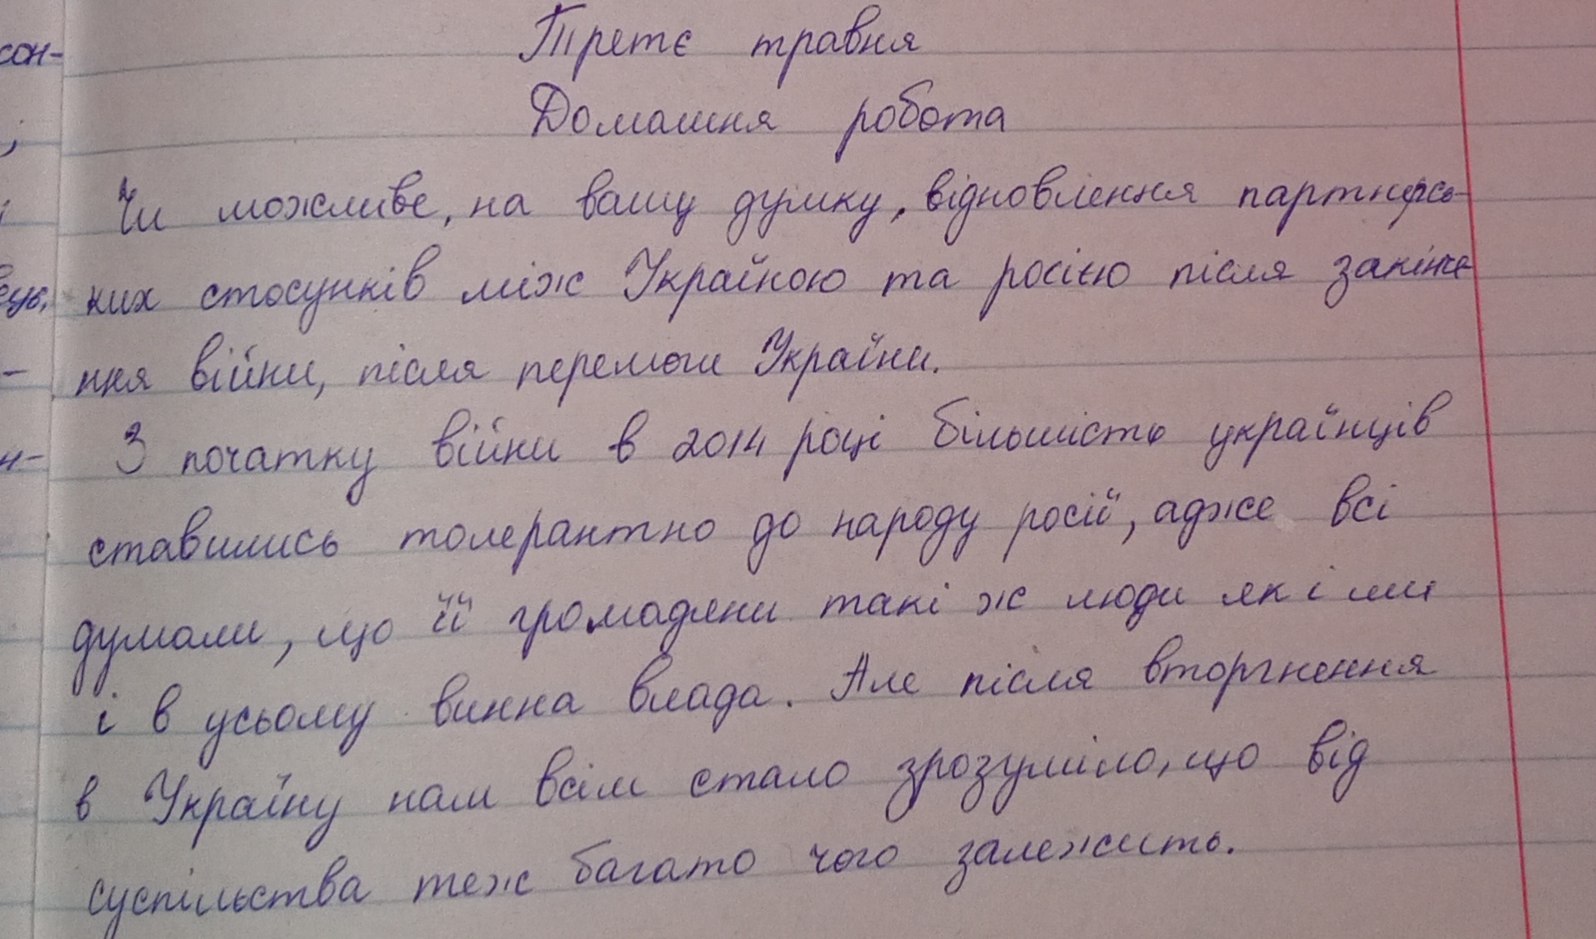
Третє травня
Домашня робота
Чи можливе, на вашу думку, відновлення партнерсь-
ких стосунків між Україною та росією після закінче
ння війни, після перемоги України.
З початку війни в 2014 році більшість українців
ставились толерантно до народу росії, адже всі
думали, що її громадяни такі ж люди як і ми
і у всьому винна влада. Але після вторгнення
в Україну нам всім стало зрозуміло, що від
суспільства теж багато чого залежить.